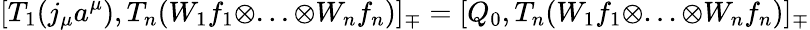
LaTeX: [T_{1}(j_{\mu}a^{\mu}),T_{n}(W_{1}f_{1}\otimes...\otimes W_{n}f_{n})]_{\mp}=[Q_{0},T_{n}(W_{1}f_{1}\otimes...\otimes W_{n}f_{n})]_{\mp}